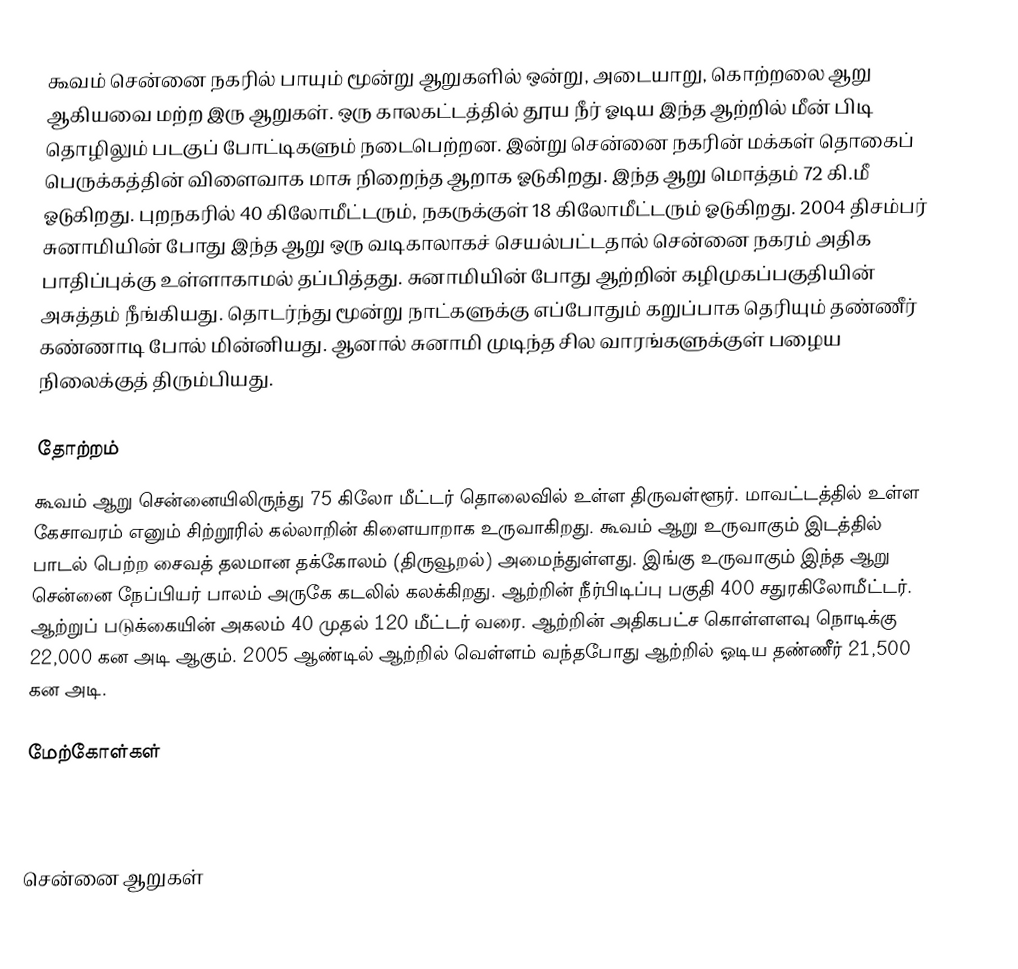
கூவம் சென்னை நகரில் பாயும் மூன்று ஆறுகளில் ஒன்று, அடையாறு, கொற்றலை ஆறு ஆகியவை மற்ற இரு ஆறுகள். ஒரு காலகட்டத்தில் தூய நீர் ஓடிய இந்த ஆற்றில் மீன் பிடி தொழிலும் படகுப் போட்டிகளும் நடைபெற்றன. இன்று சென்னை நகரின் மக்கள் தொகைப் பெருக்கத்தின் விளைவாக மாசு நிறைந்த ஆறாக ஓடுகிறது. இந்த ஆறு மொத்தம் 72 கி.மீ ஓடுகிறது. புறநகரில் 40 கிலோமீட்டரும், நகருக்குள் 18 கிலோமீட்டரும் ஓடுகிறது. 2004 திசம்பர் சுனாமியின் போது இந்த ஆறு ஒரு வடிகாலாகச் செயல்பட்டதால் சென்னை நகரம் அதிக பாதிப்புக்கு உள்ளாகாமல் தப்பித்தது. சுனாமியின் போது ஆற்றின் கழிமுகப்பகுதியின் அசுத்தம் நீங்கியது. தொடர்ந்து மூன்று நாட்களுக்கு எப்போதும் கறுப்பாக தெரியும் தண்ணீர் கண்ணாடி போல் மின்னியது. ஆனால் சுனாமி முடிந்த சில வாரங்களுக்குள் பழைய நிலைக்குத் திரும்பியது.

தோற்றம்
கூவம் ஆறு சென்னையிலிருந்து 75 கிலோ மீட்டர் தொலைவில் உள்ள திருவள்ளூர். மாவட்டத்தில் உள்ள கேசாவரம் எனும் சிற்றூரில் கல்லாறின் கிளையாறாக உருவாகிறது. கூவம் ஆறு உருவாகும் இடத்தில் பாடல் பெற்ற சைவத் தலமான தக்கோலம் (திருவூறல்) அமைந்துள்ளது. இங்கு உருவாகும் இந்த ஆறு சென்னை நேப்பியர் பாலம் அருகே கடலில் கலக்கிறது. ஆற்றின் நீர்பிடிப்பு பகுதி 400 சதுரகிலோமீட்டர். ஆற்றுப் படுக்கையின் அகலம் 40 முதல் 120 மீட்டர் வரை. ஆற்றின் அதிகபட்ச கொள்ளளவு நொடிக்கு 22,000 கன அடி ஆகும்.  2005 ஆண்டில் ஆற்றில் வெள்ளம் வந்தபோது ஆற்றில் ஓடிய தண்ணீர் 21,500 கன அடி.

மேற்கோள்கள்



சென்னை ஆறுகள்